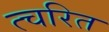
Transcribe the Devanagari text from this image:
त्चरित